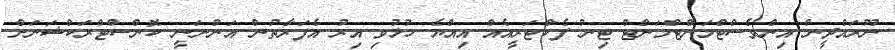
ނޫރައްދީން އިންވެސްޓްމަންޓްމަންްޓް ޓިނު ފެކްޓަރީއެއް އިއްޔެ ހުޅުވި އިރު އެފަރާތުން އަންނަނީ ކޮންސްޓްރަކްޝަނަށް